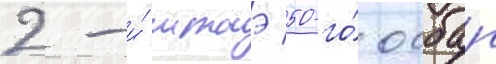
2-и́ мтаэ 50-го́ осбап